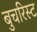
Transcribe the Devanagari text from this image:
बुचरिस्ट